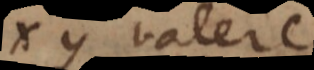
xy valere